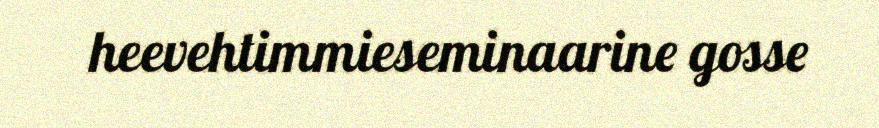
heevehtimmieseminaarine gosse